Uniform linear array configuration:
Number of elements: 24
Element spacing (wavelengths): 1
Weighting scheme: hann
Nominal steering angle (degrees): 30
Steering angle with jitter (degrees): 30.64
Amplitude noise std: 0.05
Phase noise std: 0.05

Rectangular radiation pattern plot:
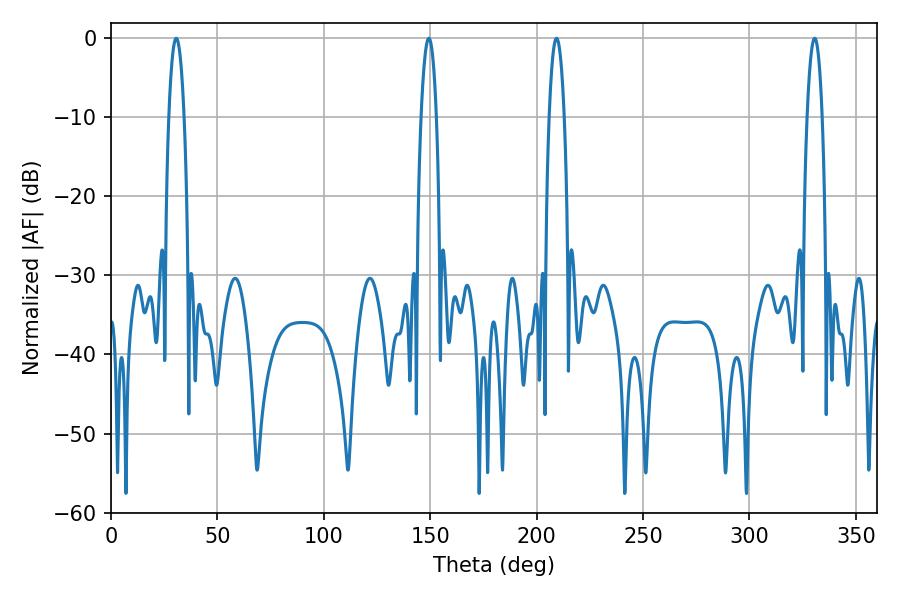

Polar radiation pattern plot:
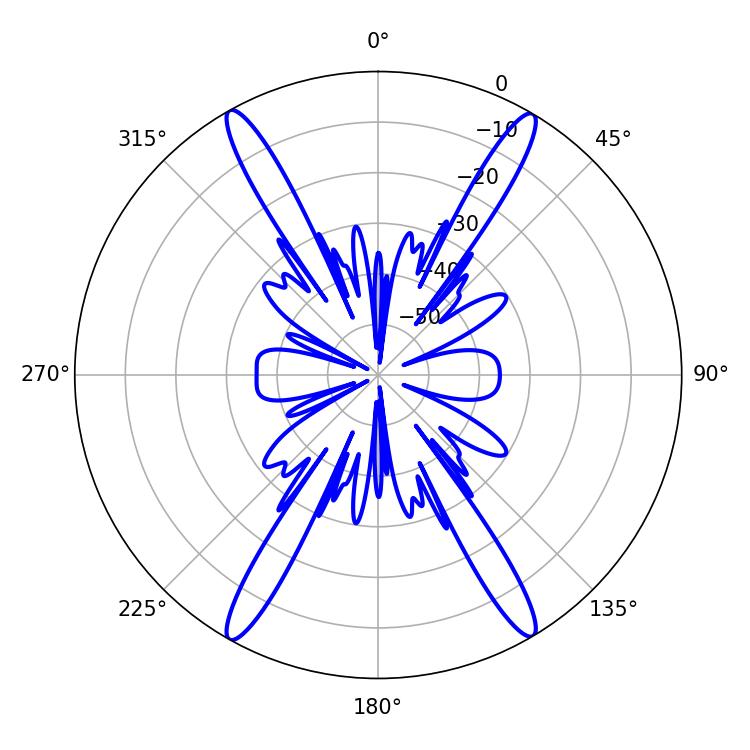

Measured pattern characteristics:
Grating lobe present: TRUE
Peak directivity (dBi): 26.991
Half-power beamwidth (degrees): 3.96
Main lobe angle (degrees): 330.66